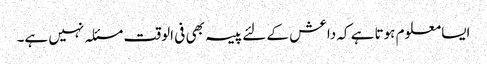
ایسا معلوم ہوتا ہے کہ داعش کے لئے پیسہ بھی فی الوقت مسئلہ نہیں ہے۔